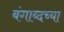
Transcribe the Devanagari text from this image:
बंगाब्दच्या